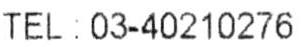
TEL : 03-40210276